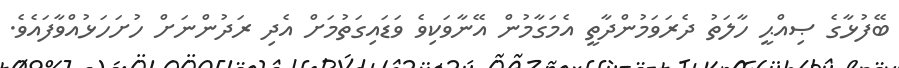
ބޭފުޅާގެ ޞިއްޙީ ހާލަތު ދެރަވަމުންދާތީ އެމަގާމުން އޭނާވަކިވެ ވަޑައިގަތުމަށް އެދި ރަދުންނަށް ހުށަހަޅުއްވާފައެވެ.